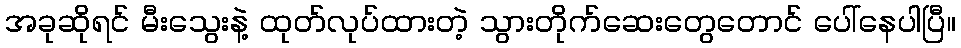
အခုဆိုရင် မီးသွေးနဲ့ ထုတ်လုပ်ထားတဲ့ သွားတိုက်ဆေးတွေတောင် ပေါ်နေပါပြီ။